Eesti_Vabariigi_Tartu_Ulikool, lk 113
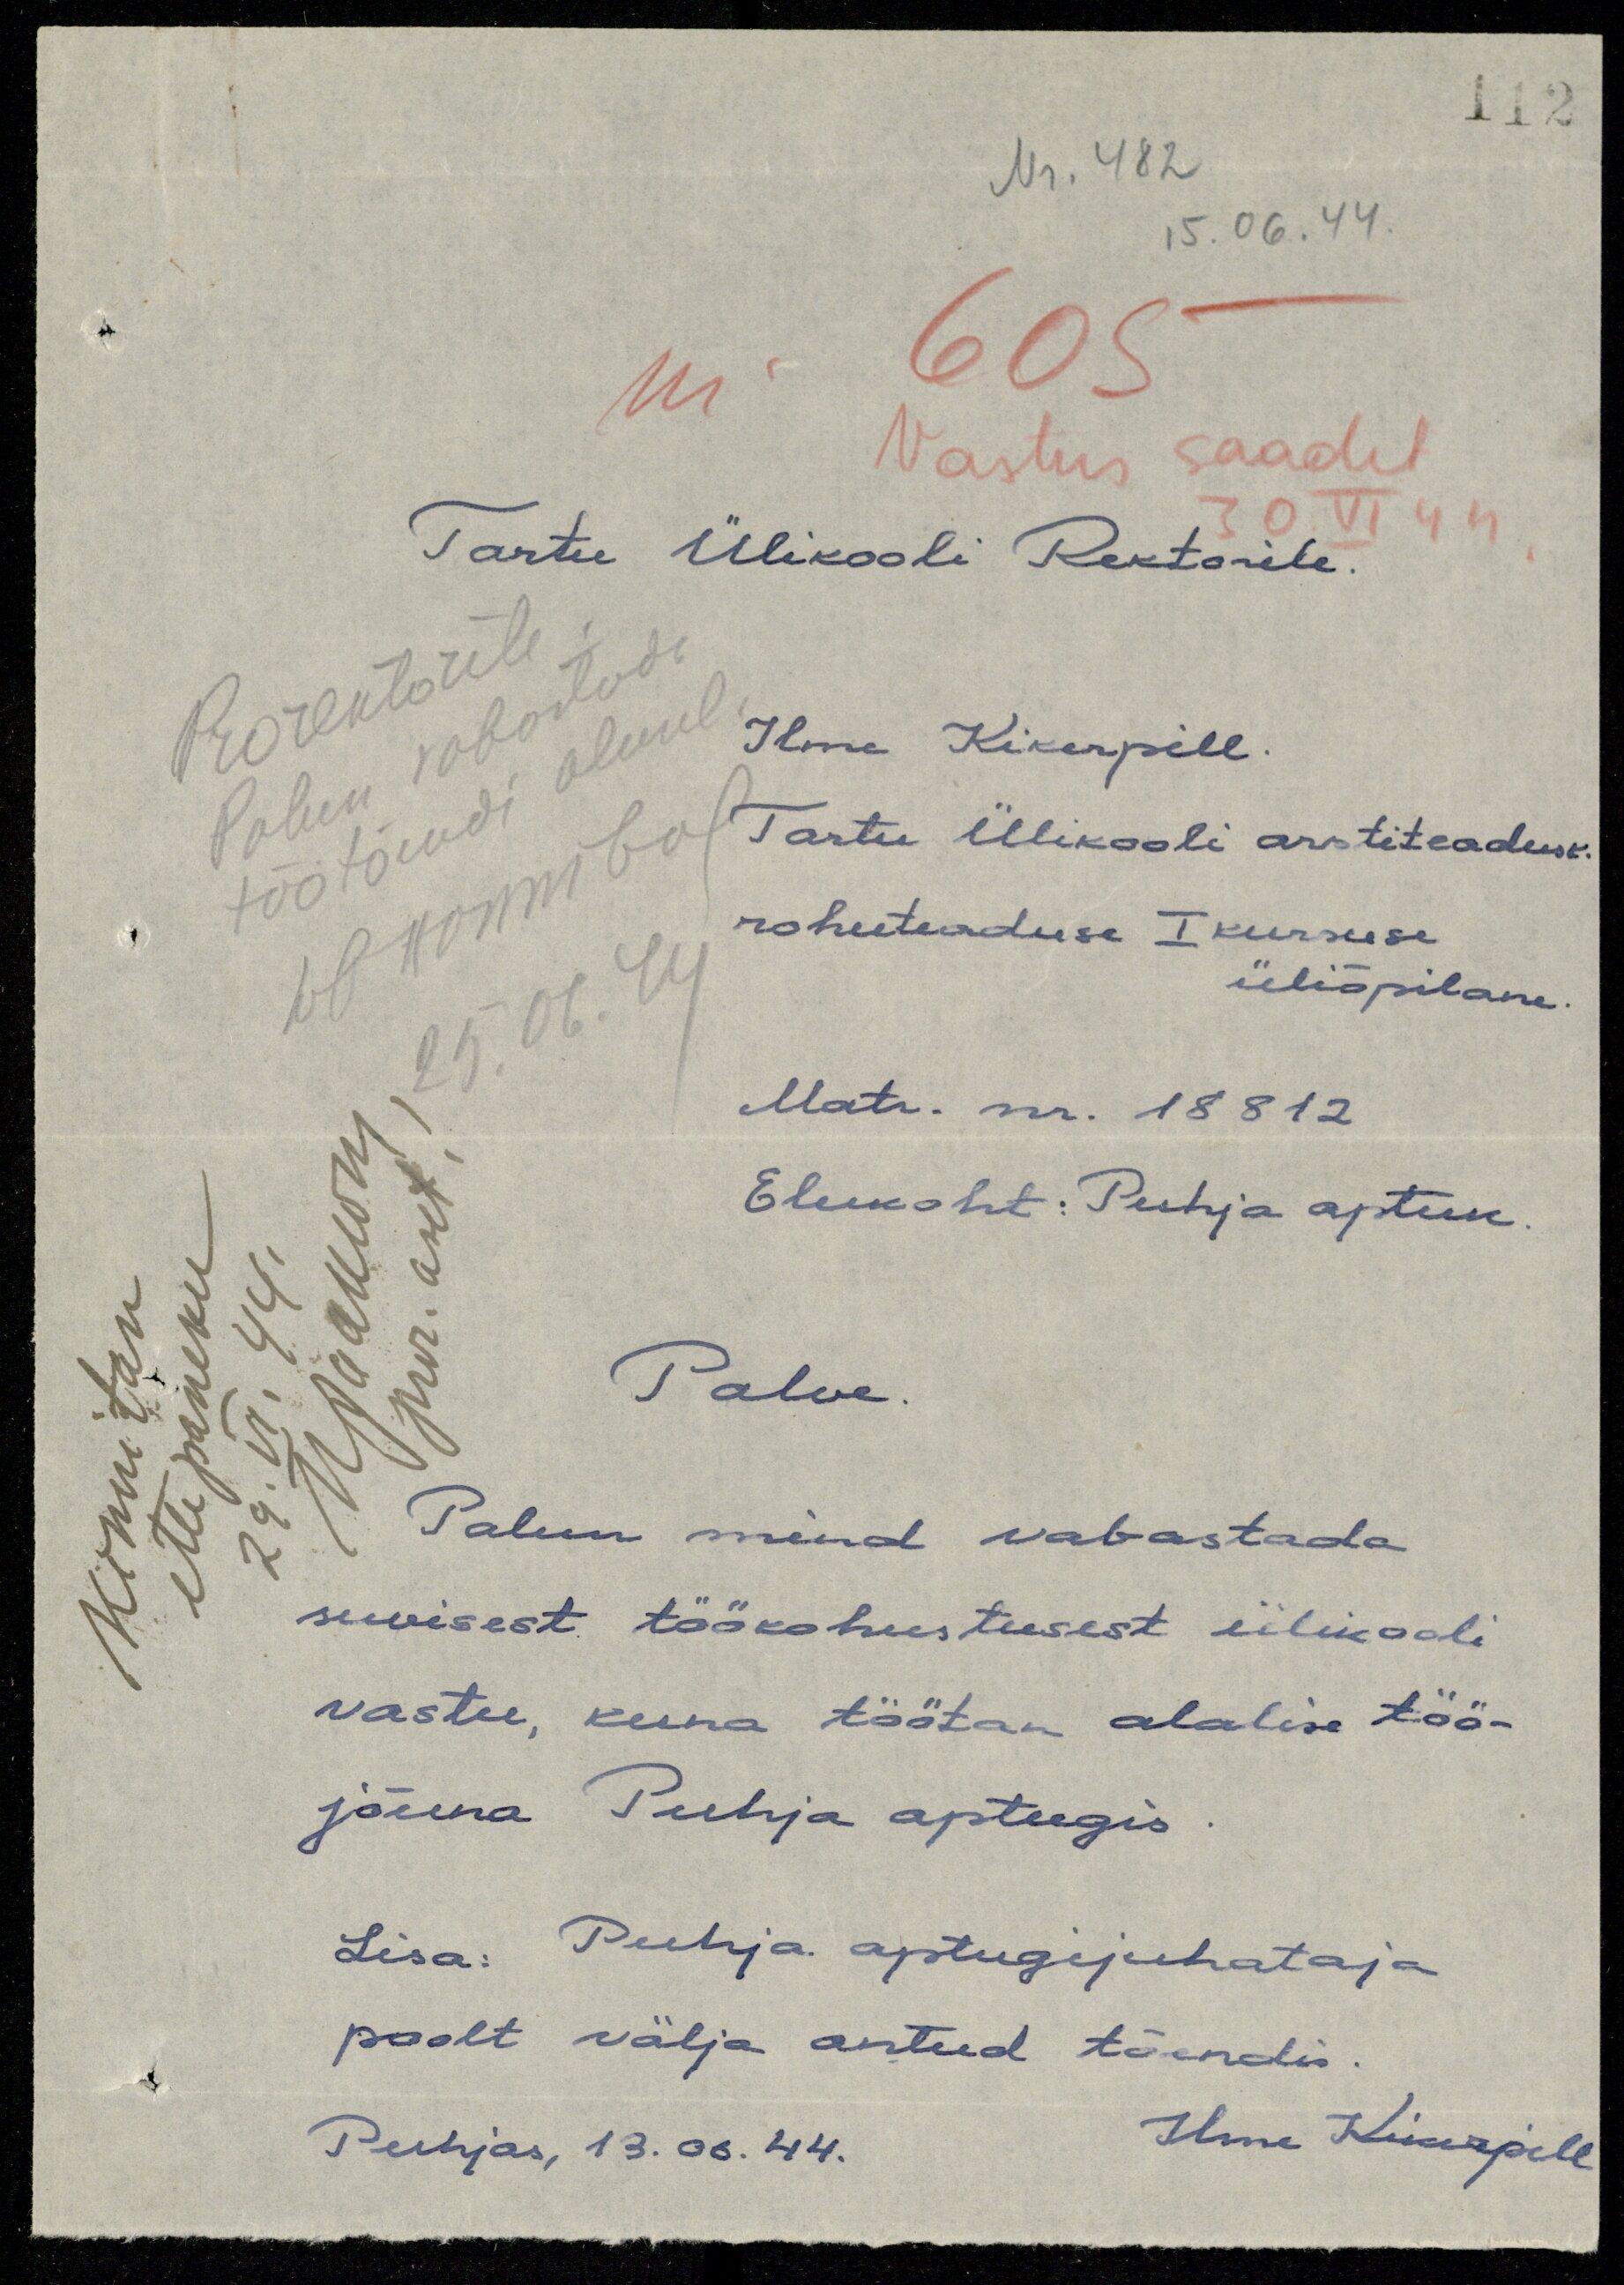
Nr. 482
15.06.44.
nr 605
Vastus saadet
30 VI 44
Tartu Ülikooli Rektorile
Prorektorile
Palun vabastada
töötõendi alusel
wakonniko
25.06.44
Ilme Kikerpill.
Tartu Ülikooli arstiteadusk
rohuteaduse I kursuse
üliõpilane.
Matr. nr. 18812
Elukoht: Puhja apteek.
Kinnitan
ettepaneku
29.VI.44
A. Wihrtsky
pror. aset.
Palve
Palun mind vabastada
suvisest töökohustusest ülikooli
vastu, kuna töötan alalise töö-
jõuna Puhja apteegis
Lisa: Puhja apteegijuhataja
poolt välja antud tõendis
Puhjas, 13.06.44. Ilme Kikerpill